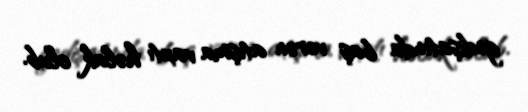
gedişatında baş verən atışma vaxtı həlak olub.